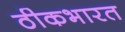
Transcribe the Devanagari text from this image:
ठीकभारत